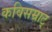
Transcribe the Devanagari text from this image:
कविसम्राट्